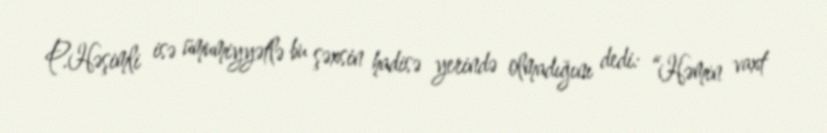
P.Həşimli isə ümumiyyətlə bu şəxsin hadisə yerində olmadığını dedi: “Həmin vaxt